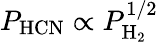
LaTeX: P_{\mathrm{HCN}}\propto P_{\mathrm{H_{2}}}^{1/2}